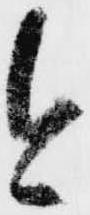
今